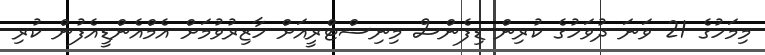
މިމަހުގެ 21 ވަނަ ދުވަހުގެ ކުރިން ޑިފެންސް މިނިސްޓްރީއަށް ހާޒިރުވުމަށް އެމްއެންޑީއެފުން ކުރި